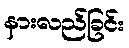
နားလည်ခြင်း